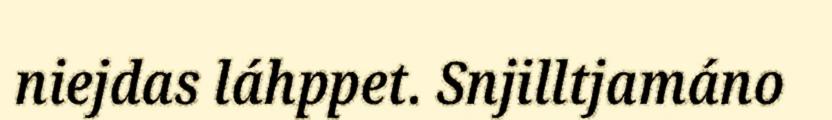
niejdas láhppet. Snjilltjamáno